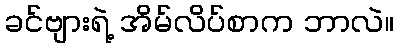
ခင်ဗျားရဲ့ အိမ်လိပ်စာက ဘာလဲ။